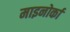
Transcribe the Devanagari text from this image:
माइनोर्का